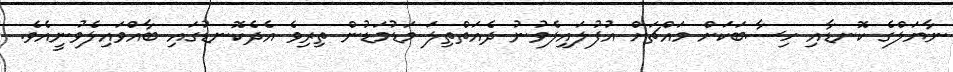
ނާޔަލްގެ ކޮނޑާއި ހިސާބަކަށް މައްޗަށް އުފުލައިލެވުނު ދެއަތްތިލަ މަޑުމަޑުން ތިރިވެ އެދެކޮނޑުގައި ބާއްވައިލެވުނީއެވެ.